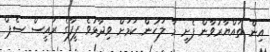
އިން ތައްޔާރުވާން ފެށީ މާ ލަހުން ކަމަށް ވިދާޅުވެ ފީފާގެ ރައީސް ސެޕް